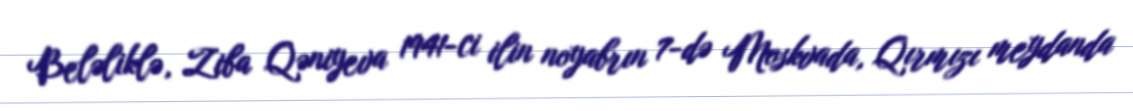
Beləliklə, Ziba Qəniyeva 1941-ci ilin noyabrın 7-də Moskvada, Qırmızı meydanda